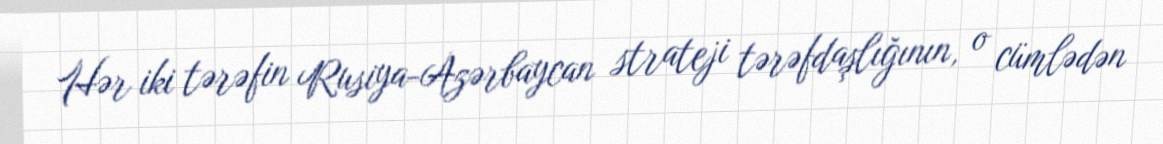
Hər iki tərəfin Rusiya-Azərbaycan strateji tərəfdaşlığının, o cümlədən